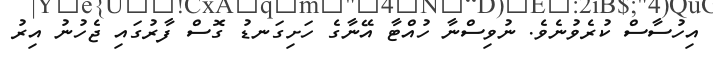
އިހުސާސް ކުރެވުނެވެ. ނުވިސްނާ ހުއްޓާ އޭނާގެ ހަށިގަނޑު ގޮސް ފާރުގައި ޖެހުނު އިރު